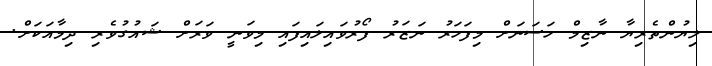
ލިޔުންތެރިޔާ ނާޒިމް ހަސަނަށް މިފަހަރު ނަޒަރު ފޯރުވައިލައިފައި މިވަނީ ވަރަށް ޝައުގުވެރި ދިމާއަކަށް.